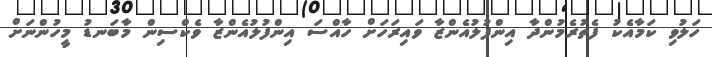
ހަލުވި ކަމާއެކު ފެތުރެމުންދާ އިންފުލުއެންޒާ ވައިރަހަށް ހާއްސަ އިންފުލުއެންޒާ ވެކްސިން މާބަނޑު މީހުންނަށް